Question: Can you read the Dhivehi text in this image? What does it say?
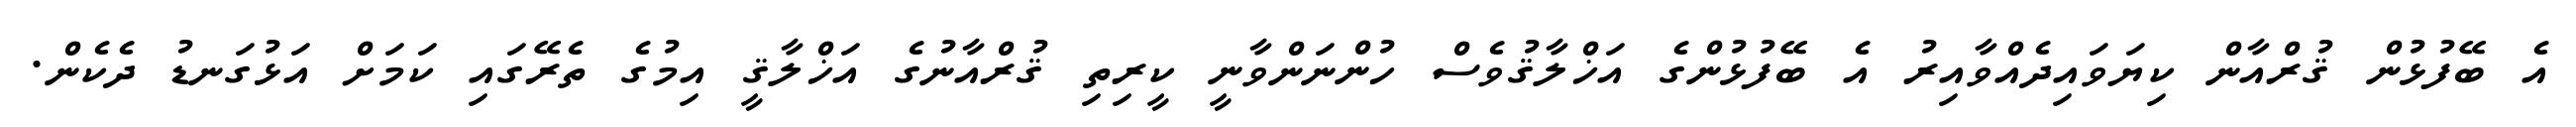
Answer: އެ ބޭފުޅުން ޤުރްއާން ކިޔަވައިދެއްވާއިރު އެ ބޭފުޅުންގެ އަޚްލާޤުވެސް ހުންނަންވާނީ ކީރިތި ޤުރްއާނުގެ އަޚްލާޤީ އިމުގެ ތެރޭގައި ކަމަށް އަޅުގަނޑު ދެކެން.